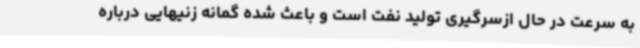
به سرعت در حال ازسرگیری تولید نفت است و باعث شده گمانه زنیهایی درباره